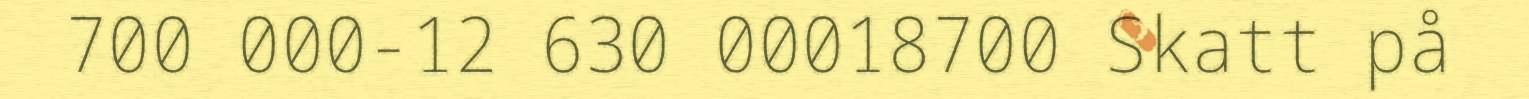
700 000-12 630 00018700 Skatt på